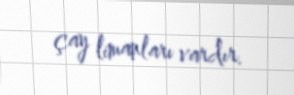
çay limanları vardır.